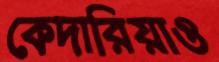
কেদারিয়াও